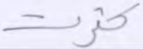
كثرت